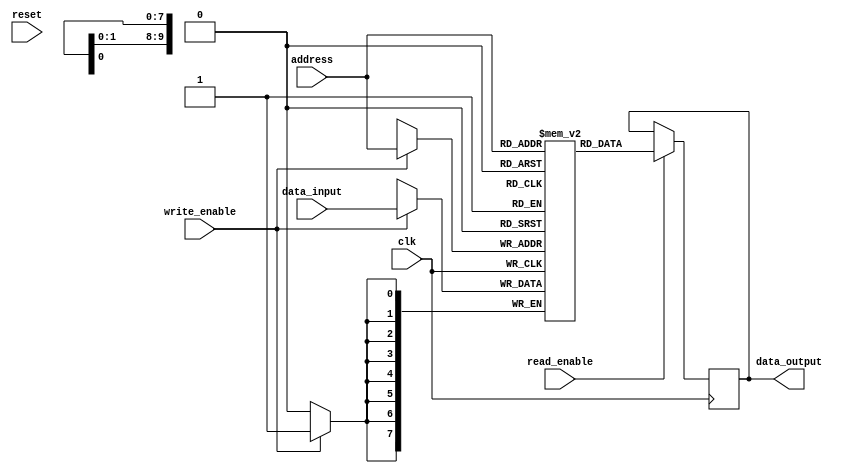
module MRAM (
    input wire clk, // Clock signal
    input wire reset, // Reset signal
    input wire read_enable, // Read enable signal
    input wire write_enable, // Write enable signal
    input wire [ADDRESS_WIDTH-1:0] address, // Address bus
    input wire [DATA_WIDTH-1:0] data_input, // Input data bus
    output reg [DATA_WIDTH-1:0] data_output // Output data bus
);

parameter ADDRESS_WIDTH = 10; // Width of the address bus
parameter DATA_WIDTH = 8; // Width of the data bus

reg [DATA_WIDTH-1:0] memory [0:(1 << ADDRESS_WIDTH)-1]; // Memory array

// Read operation
always @(posedge clk) begin
    if (read_enable) begin
        data_output <= memory[address];
    end
end

// Write operation
always @(posedge clk) begin
    if (write_enable) begin
        memory[address] <= data_input;
    end
end

endmodule